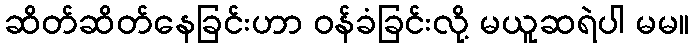
ဆိတ်ဆိတ်နေခြင်းဟာ ဝန်ခံခြင်းလို့ မယူဆရဲပါ မမ။